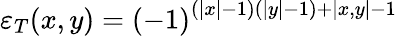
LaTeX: \varepsilon_{T}(x,y)=\left(-1\right)^{\left(\left|x\right|-1\right)\left(\left|y\right|-1\right)+\left|x,y\right|-1}